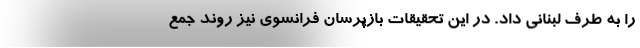
را به طرف لبنانی داد. در این تحقیقات بازپرسان فرانسوی نیز روند جمع